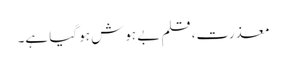
معذرت، قلم بے ہوش ہو گیا ہے۔